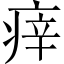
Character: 㾕